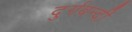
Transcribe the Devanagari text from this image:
दुर्गबन्दी